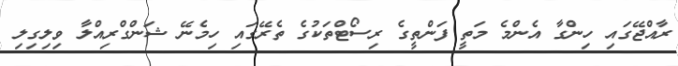
ރާއްޖޭގައި ހިންގާ އެންމެ މަތީ ފަންތީގެ ރިސޯޓްތަކުގެ ތެރޭގައި ހިމެނޭ ޝަންގްރިއްލާ ވިލިގިލި